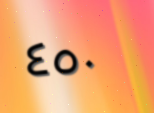
٤٥٠